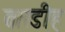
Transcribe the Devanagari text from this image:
तारडीह